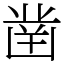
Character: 凿